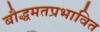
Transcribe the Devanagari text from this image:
बौद्धमतप्रभावित